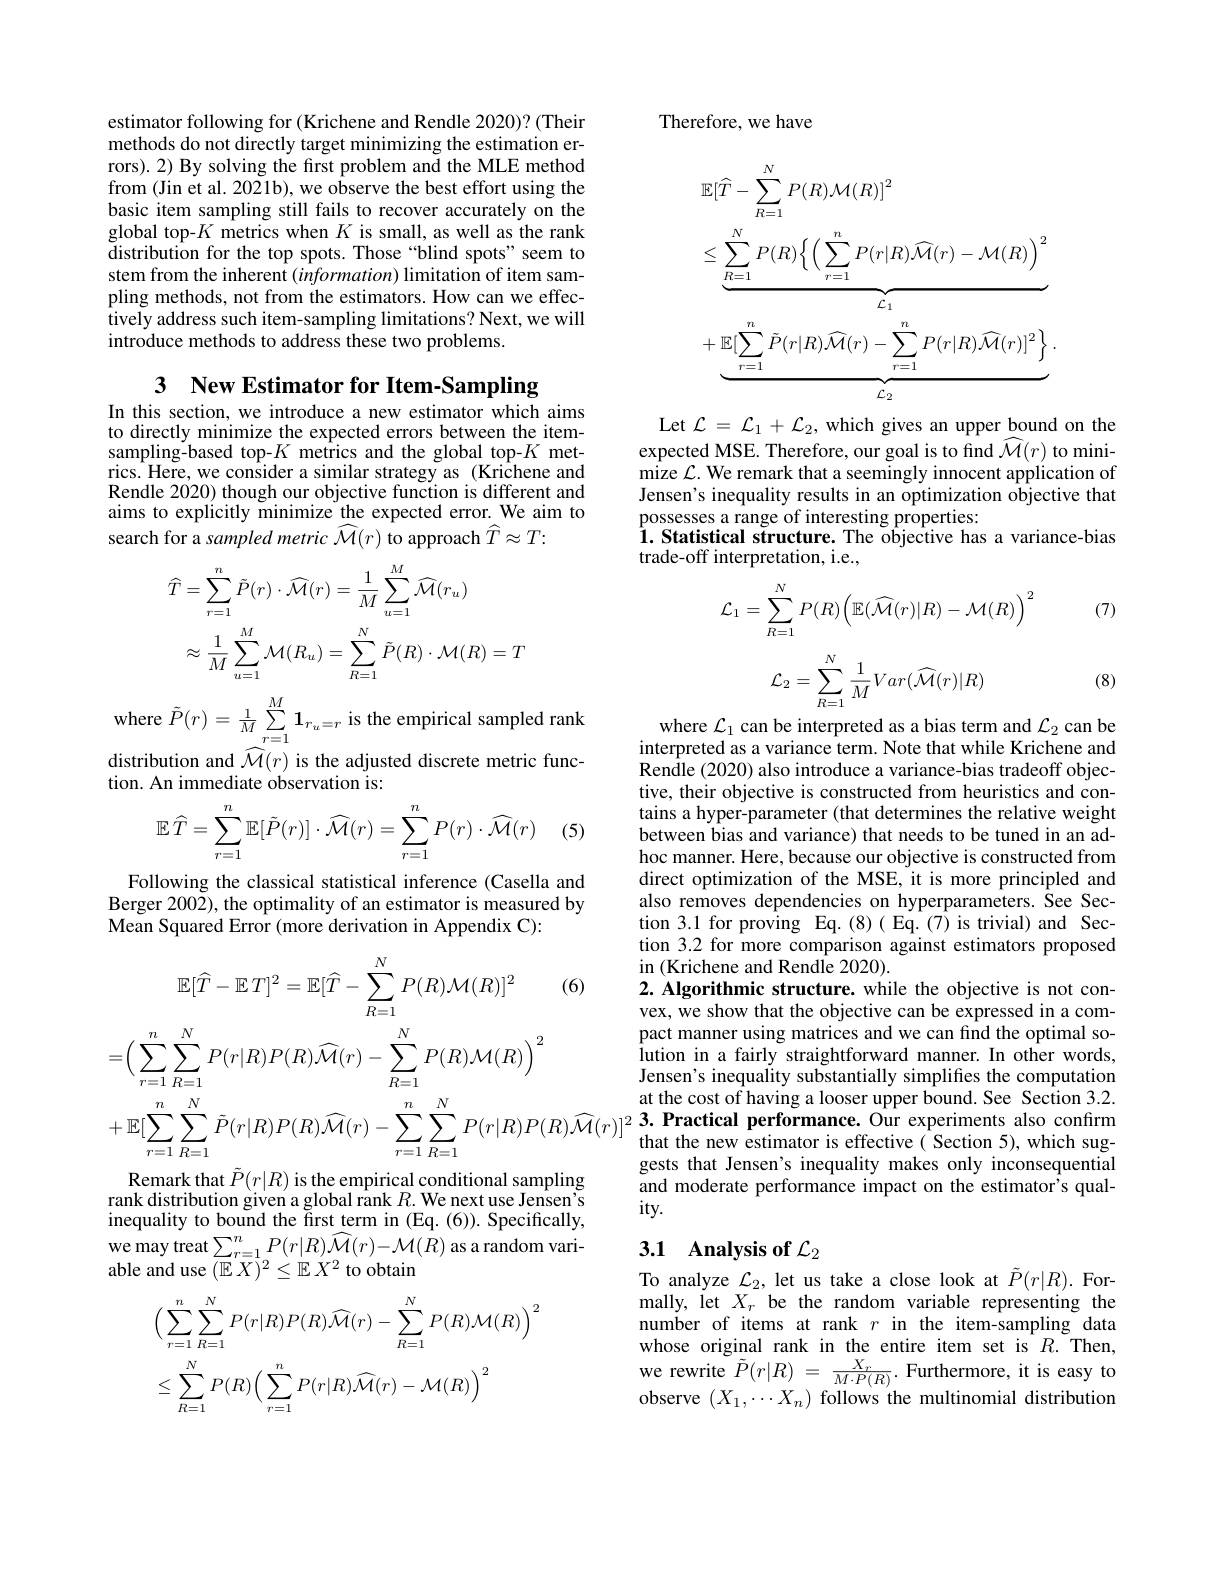
estimator following for (Krichene and Rendle 2020)? (Their methods do not directly target minimizing the estimation errors). 2) By solving the first problem and the MLE method from (Jin et al. 2021b), we observe the best effort using the basic item sampling still fails to recover accurately on the global top-$K$ metrics when $K$ is small, as well as the rank distribution for the top spots. Those “blind spots”seem to stem from the inherent $(information)$ limitation of item sampling methods, not from the estimators. How can we effectively address such item-sampling limitations? Next, we will introduce methods to address these two problems.

3 New Estimator for Item-Sampling

In this section, we introduce a new estimator which aims to directly minimize the expected errors between the itemsampling-based top-$K$ metrics and the global top-$K$ metrics. Here, we consider a similar strategy as (Krichene and Rendle 2020) though our objective function is different and aims to explicitly minimize the expected error. We aim to search for a sampled metric $\widehat{\mathcal{M}}(r)$ to approach $\widehat{T}\approx T{:}$
$$\begin{aligned}\widehat{T}&=\sum_{r=1}^{n}\tilde{P}(r)\cdot\widehat{\mathcal{M}}(r)=\frac{1}{M}\sum_{u=1}^{M}\widehat{\mathcal{M}}(r_{u})\\&\approx\frac{1}{M}\sum_{u=1}^{M}\mathcal{M}(R_{u})=\sum_{R=1}^{N}\tilde{P}(R)\cdot\mathcal{M}(R)=T\end{aligned}$$
$w$here $\tilde{P}(r)=\frac1M\sum_{r=1}^{M}\mathbf{1}_{r_{u}=r}$ is the empirical sampled rank distribution and $\widehat{\mathcal{M}}(r)$ is the adjusted discrete metric function. An immediate observation is:

(5
$$\mathbb{E}\:\widehat{T}=\sum_{r=1}^n\mathbb{E}[\tilde{P}(r)]\cdot\widehat{\mathcal{M}}(r)=\sum_{r=1}^nP(r)\cdot\widehat{\mathcal{M}}(r)$$
Following the classical statistical inference (Casella and Berger 2002), the optimality of an estimator is measured by Mean Squared Error (more derivation in Appendix C):
$$\mathbb{E}[\widehat{T}-\mathbb{E}\:T]^{2}=\mathbb{E}[\widehat{T}-\sum_{R=1}^{N}P(R)\mathcal{M}(R)]^{2}\quad(6)\\=\left(\sum_{r=1}^{n}\sum_{R=1}^{N}P(r|R)P(R)\widehat{\mathcal{M}}(r)-\sum_{R=1}^{N}P(R)\mathcal{M}(R)\right)^{2}\\+\mathbb{E}[\sum_{r=1}^{n}\sum_{R=1}^{N}\tilde{P}(r|R)P(R)\widehat{\mathcal{M}}(r)-\sum_{r=1}^{n}\sum_{R=1}^{N}P(r|R)P(R)\widehat{\mathcal{M}}(r)]^{2}$$
Remark that $\tilde{P}(r|R)$ is the empirical conditional sampling rank distribution given a global rank $R.$ We next use Jensen inequality to bound the first term in (Eq. (6)). Specifically, we may treat$\sum_r=1^nP(r|R)\widehat{\mathcal{M}}(r)-\mathcal{M}(R)$ as a random vari- ${\mathrm{able~and~use~}}({\overline{\mathbb{E}}}X)^{2}\leq{\mathbb{E}}{X^{2}}$to obtain
$$\begin{aligned}&\Big(\sum_{r=1}^{n}\sum_{R=1}^{N}P(r|R)P(R)\widehat{\mathcal{M}}(r)-\sum_{R=1}^{N}P(R)\mathcal{M}(R)\Big)^{2}\\&\leq\sum_{R=1}^{N}P(R)\Big(\sum_{r=1}^{n}P(r|R)\widehat{\mathcal{M}}(r)-\mathcal{M}(R)\Big)^{2}\end{aligned}$$
Therefore, we have
$$\begin{aligned}&\mathbb{E}[\widehat{T}-\sum_{R=1}^{N}P(R)\mathcal{M}(R)]^{2}\\&\leq\underbrace{\sum_{R=1}^{N}P(R)\Big\{\Big(\sum_{r=1}^{n}P(r|R)\widehat{\mathcal{M}}(r)-\mathcal{M}(R)\Big)^{2}}_{\mathcal{L}_{1}}\\&+\underbrace{\mathbb{E}[\sum_{r=1}^{n}\tilde{P}(r|R)\widehat{\mathcal{M}}(r)-\sum_{r=1}^{n}P(r|R)\widehat{\mathcal{M}}(r)]^{2}\Big\}}_{\mathcal{L}_{2}}.\end{aligned}$$
Let $\mathcal{L}=\mathcal{L}_1+\mathcal{L}_2$, which gives an upper bound on the expected MSE. Therefore, our goal is to find $\widehat{\mathcal{M}}(r)$ to minimize $\mathcal{L}.$ We remark that a seemingly innocent application of Jensen's inequality results in an optimization objective that possesses a range of interesting properties:
$\hat{1}.$ Statistical structure. The objective has a variance-bias
trade-off interpretation, i.e.,

(7)
$$\mathcal{L}_1=\sum\limits_{R=1}^NP(R)\Big(\mathbb{E}(\widehat{\mathcal{M}}(r)|R)-\mathcal{M}(R)\Big)^2$$
$$\mathcal{L}_{2}=\sum_{R=1}^{N}\frac{1}{M}Var(\widehat{\mathcal{M}}(r)|R)$$
(8)

where $\mathcal{L}_1$ can be interpreted as a bias term and $\mathcal{L}_2$ can be interpreted as a variance term. Note that while Krichene and Rendle (2020) also introduce a variance-bias tradeoff objective, their objective is constructed from heuristics and contains a hyper-parameter (that determines the relative weight between bias and variance) that needs to be tuned in an adhoc manner. Here, because our objective is constructed from direct optimization of the MSE, it is more principled and also removes dependencies on hyperparameters. See Section 3.1 for proving Eq.(8)( Eq.(7) is trivial) and Section 3.2 for more comparison against estimators proposed in (Krichene and Rendle 2020).
$2. \textbf{ Algorithmic structure. while the objective is not con- }$ vex, we show that the objective can be expressed in a compact manner using matrices and we can find the optimal solution in a fairly straightforward manner. In other words, Jensen's inequality substantially simplifes the computation at the cost of having a looser upper bound. See Section 3.2. 3. Practical performance. Our experiments also confirm that the new estimator is effective ( Section 5), which suggests that Jensen's inequality makes only inconsequential and moderate performance impact on the estimator's qual- $ity.$

# 3.1 Analysis of $\mathcal{L}_2$

To analyze $\mathcal{L}_2$, let us take a close look at $\tilde{P}(r|R).$ Formally, let $X_r$ be the random variable representing the number of items at rank $r$ in the item-sampling data whose original rank in the entire item set is $R.$ Then, $\begin{array}{rcl}{\mathrm{we~rewrite~}\tilde{P}(r|R)~=~\frac{X_{r}}{M\cdot P(R)}.~\mathrm{Furthermore,~it~is~easy~to}}\\{\mathrm{we~rewrite~}\tilde{P}(r|R)~=~\frac{X_{r}}{M\cdot P(R)}.~\mathrm{Furthermore,~it~is~easy~to}}\\{\mathrm{ve~rewrite~}}\\{\mathrm{we~rewrite~}}\\{\mathrm{we~}}\end{array}$ observe $(X_1,\cdots X_n)$ follows the multinomial distribution